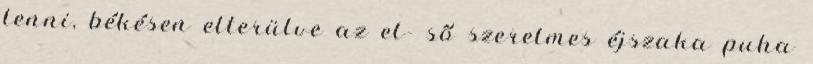
lenni, békésen elterülve az el- ső szerelmes éjszaka puha